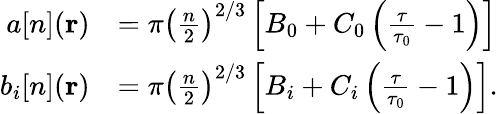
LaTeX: \begin{array}{rl}{a[n](\mathbf{r})}&{=\pi\left(\frac{n}{2}\right)^{2/3}\left[B_{0}+C_{0}\left(\frac{\tau}{\tau_{0}}-1\right)\right]}\\ {b_{i}[n](\mathbf{r})}&{=\pi\left(\frac{n}{2}\right)^{2/3}\left[B_{i}+C_{i}\left(\frac{\tau}{\tau_{0}}-1\right)\right].}\end{array}